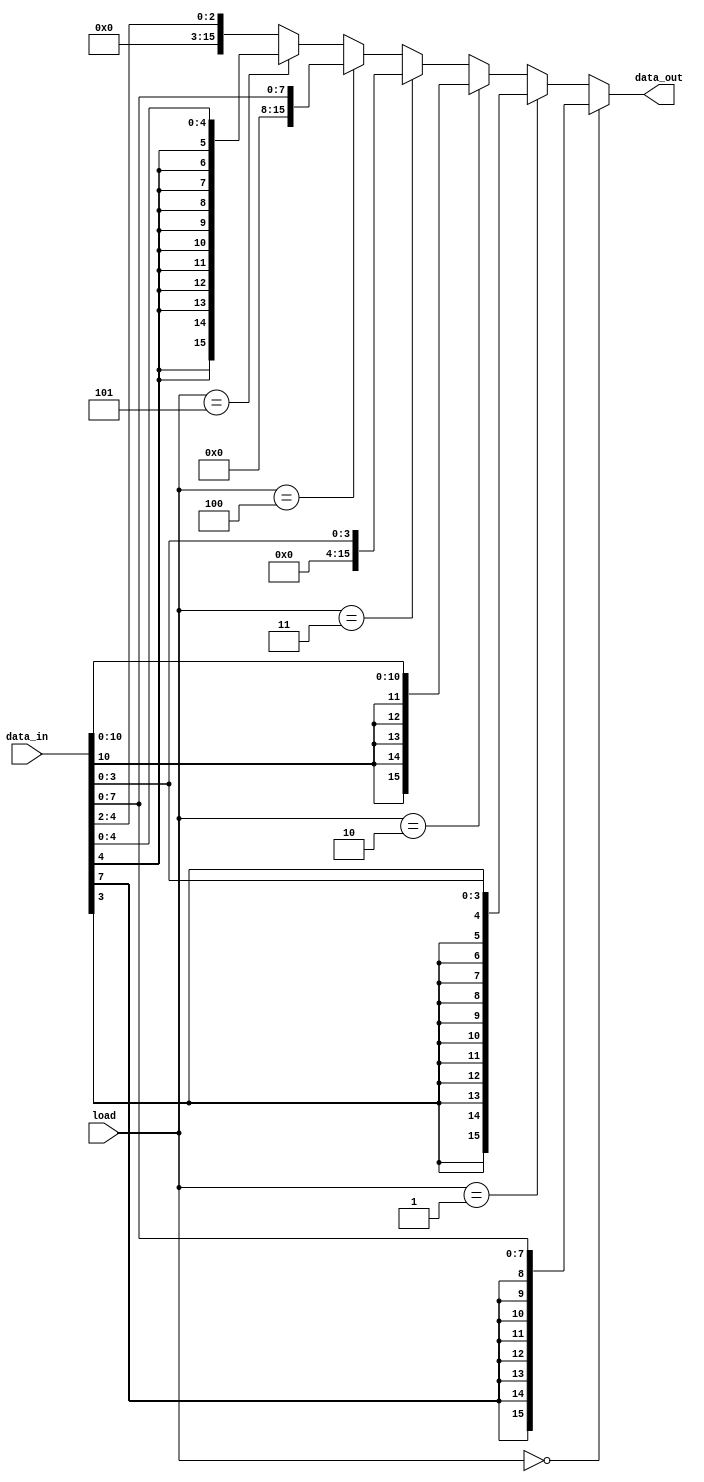
module Immediate_Extend(
    output [15 : 0] data_out,
    input [2 : 0] load,
    input [15 : 0] data_in
    );

	assign data_out =
		(load == 0) ? {{8{data_in[7]}}, data_in[7 : 0]} :
		(load == 1) ? {{12{data_in[3]}}, data_in[3 : 0]} :
		(load == 2) ? {{5{data_in[10]}}, data_in[10 : 0]} :
		(load == 3) ? {12'b0, data_in[3 : 0]} :
		(load == 4) ? {8'b0, data_in[7 : 0]} :
		(load == 5) ? {{11{data_in[4]}}, data_in[4 : 0]} :
		{13'b0, data_in[4 : 2]};
		
endmodule